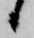
候